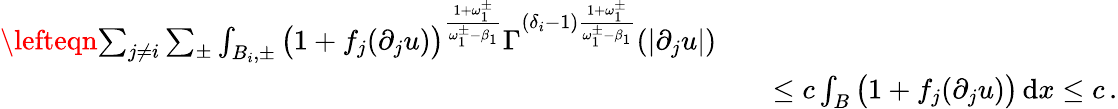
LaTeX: \begin{array}{rlr}{\lefteqn{\sum_{j\not=i}\sum_{\pm}\int_{B_{i},\pm}\big(1+f_{j}(\partial_{j}u)\big)^{\frac{1+\omega_{1}^{\pm}}{\omega_{1}^{\pm}-\beta_{1}}}\Gamma^{(\delta_{i}-1)\frac{1+\omega_{1}^{\pm}}{\omega_{1}^{\pm}-\beta_{1}}}(|\partial_{j}u|)}}\\ &{}&{\leq c\int_{B}\big(1+f_{j}(\partial_{j}u)\big)\, \mathrm{d}x\leq c\, .}\end{array}